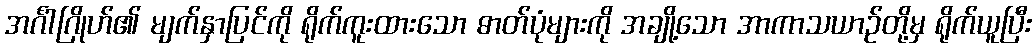
အင်္ဂါဂြိုဟ်၏ မျက်နှာပြင်ကို ရိုက်ကူးထားသော ဓာတ်ပုံများကို အချို့သော အာကာသယာဉ်တို့မှ ရိုက်ယူပြီး